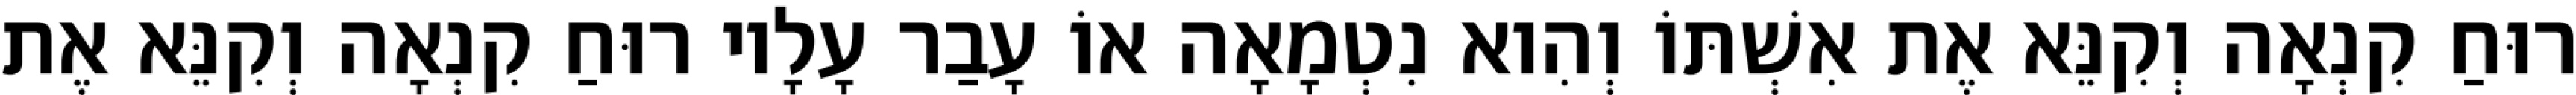
רוּחַ קִנְאָה וְקִנֵּא אֶת אִשְׁתּוֹ וְהִוא נִטְמָאָה אוֹ עָבַר עָלָיו רוּחַ קִנְאָה וְקִנֵּא אֶת